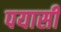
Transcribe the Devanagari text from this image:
पयासी